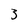
Character: 3